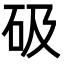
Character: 砐